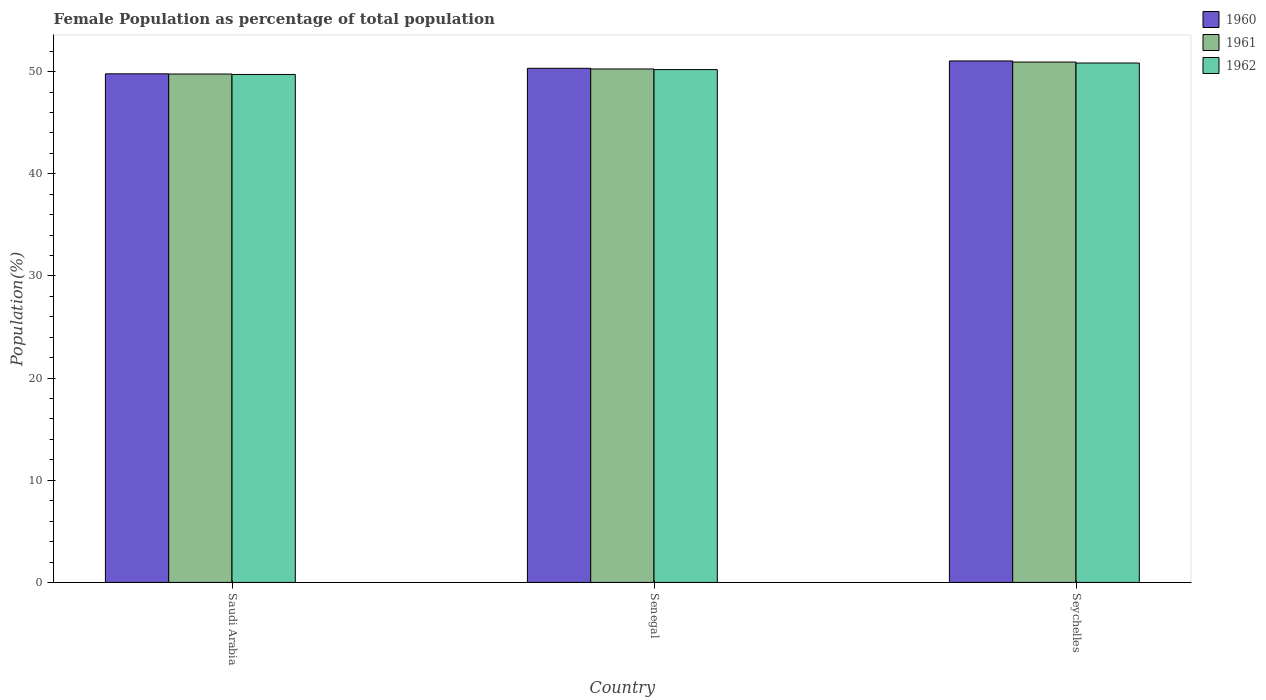
| Country | 1960 | 1961 | 1962 |
 | --- | --- | --- | --- |
 | Saudi Arabia | 49.8 | 49.8 | 49.7 |
 | Senegal | 50.3 | 50.3 | 50.2 |
 | Seychelles | 51 | 50.9 | 50.8 |